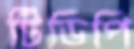
টিডিপি